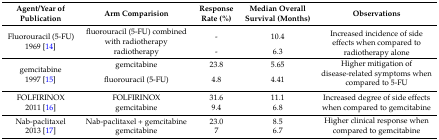
<table><thead><tr><td><b>Agent/Year of Publication</b></td><td><b>Arm Comparision</b></td><td><b>Response Rate (%)</b></td><td><b>Median Overall Survival (Months)</b></td><td><b>Observations</b></td></tr></thead><tbody><tr><td rowspan="2">Fluorouracil (5-FU) 1969 [14]</td><td>fluorouracil (5-FU) combined with radiotherapy</td><td>-</td><td>10.4</td><td rowspan="2">Increased incidence of side effects when compared to radiotherapy alone</td></tr><tr><td>radiotherapy</td><td>-</td><td>6.3</td></tr><tr><td rowspan="2">gemcitabine 1997 [15]</td><td>gemcitabine</td><td>23.8</td><td>5.65</td><td rowspan="2">Higher mitigation of disease-related symptoms when compared to 5-FU</td></tr><tr><td>fluorouracil (5-FU)</td><td>4.8</td><td>4.41</td></tr><tr><td rowspan="2">FOLFIRINOX 2011 [16]</td><td>FOLFIRINOX</td><td>31.6</td><td>11.1</td><td rowspan="2">Increased degree of side effects when compared to gemcitabine</td></tr><tr><td>gemcitabine</td><td>9.4</td><td>6.8</td></tr><tr><td rowspan="2">Nab-paclitaxel 2013 [17]</td><td>Nab-paclitaxel + gemcitabine</td><td>23.0</td><td>8.5</td><td rowspan="2">Higher clinical response when compared to gemcitabine</td></tr><tr><td>gemcitabine</td><td>7</td><td>6.7</td></tr></tbody></table>